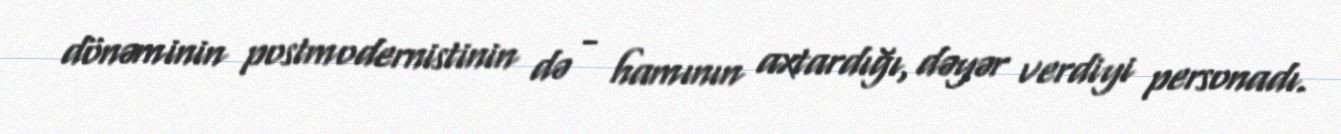
dönəminin postmodernistinin də - hamının axtardığı, dəyər verdiyi personadı.